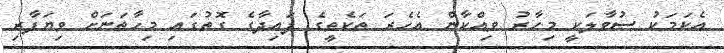
އެކަމަކު ސުވާލަކީ މިހާރު ވިއްކާން އެހެރަ ތަކެތީގެ ފައިދާގެ ގޮތުގައި މިހާތަނަށް ވިޔަފާރި